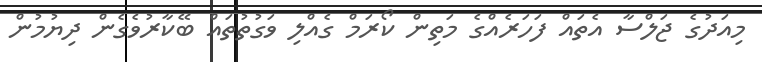
މިއަދުގެ ޖަލްސާ އެތައް ފަހަރެއްގެ މަތިން ކޯރަމް ގެއްލި ވަގުތުތައް ބޭކާރުވެގެން ދިޔުމުން